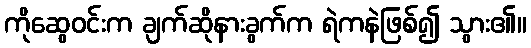
ကိုဆွေဝင်းက ချက်ဆိုနားခွက်က ရဲကနဲဖြစ်၍ သွား၏။